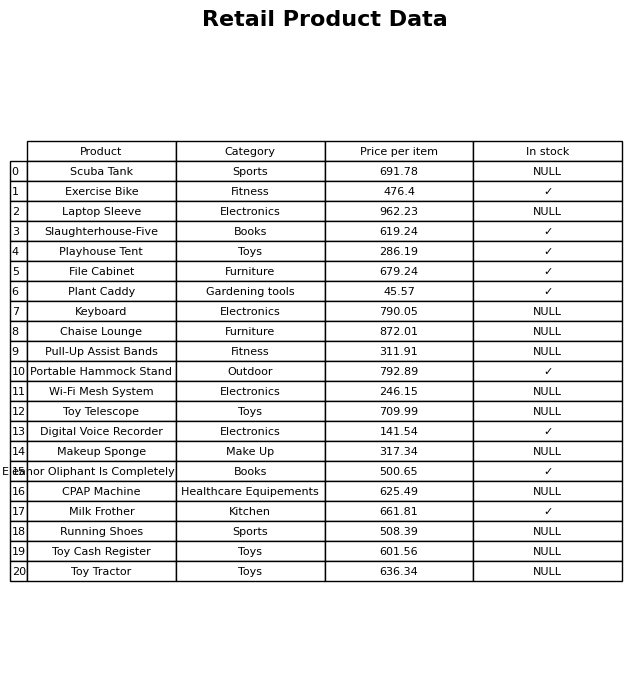
question: What is the price for Slaughterhouse-Five?
answer: The price of Slaughterhouse-Five is 619.24.